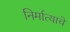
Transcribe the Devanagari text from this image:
निर्मात्याचे